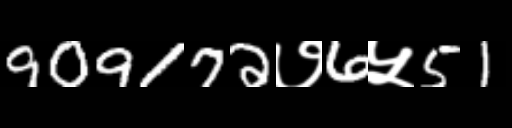
Text: 909172७6५51